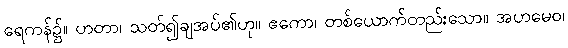
ရေကန်၌။ ဟတာ၊ သတ်၍ချအပ်၏ဟု။ ဧကော၊ တစ်ယောက်တည်းသော။ အဟမေဝ၊